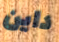
داين